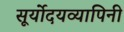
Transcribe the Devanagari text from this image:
सूर्योदयव्यापिनी